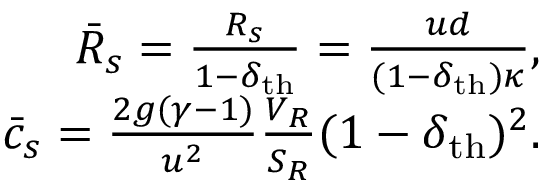
\begin{array} { r l r } & { } & { \bar { \cal R } _ { s } = \frac { { \cal R } _ { s } } { 1 - \delta _ { \mathrm { t h } } } = \frac { u d } { ( 1 - \delta _ { \mathrm { t h } } ) \kappa } , } \\ & { } & { \bar { c } _ { s } = \frac { 2 g ( \gamma - 1 ) } { u ^ { 2 } } \frac { V _ { R } } { S _ { R } } ( 1 - \delta _ { \mathrm { t h } } ) ^ { 2 } . } \end{array}